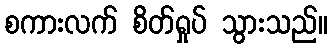
စကားလက် စိတ်ရှုပ် သွားသည်။